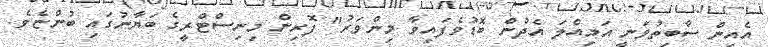
އެއިން ސާބިތުވަނީ އަމިއްލަ އެދުން ބޮޑުވެފައިވާ މިންވަރު" ފޮރިން މިނިސްޓްރީގެ ބަޔާނުގައި ބުންޏެވެ.